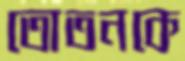
তোতনকে